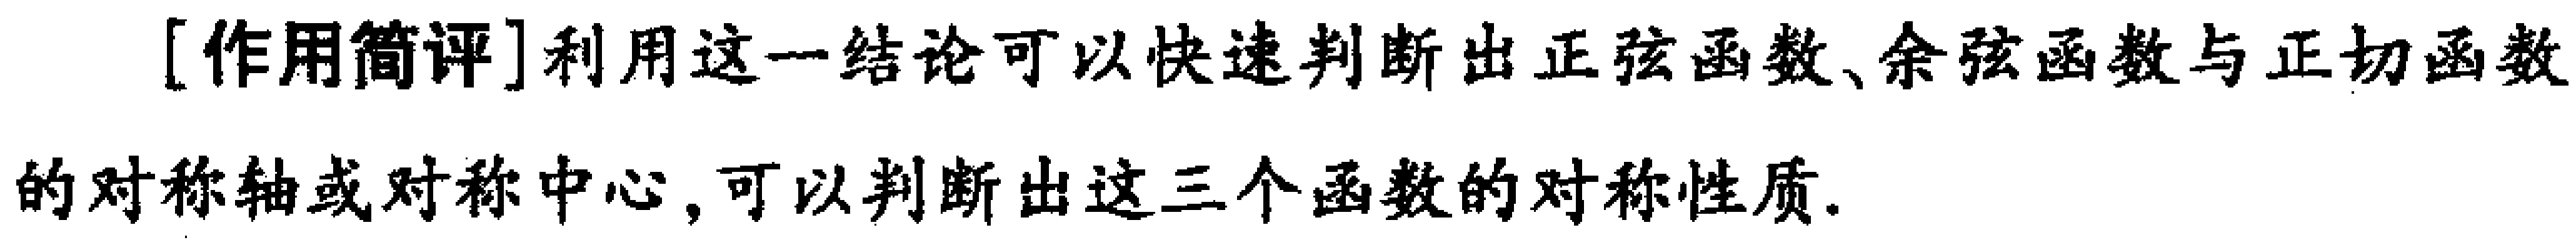
[作用简评]利用这一结论可以快速判断出正弦函数、余弦函数与正切函数的对称轴或对称中心,可以判断出这三个函数的对称性质.